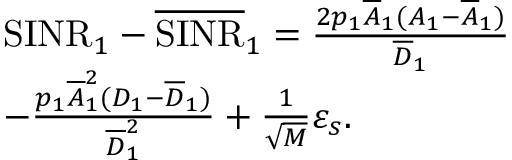
\begin{array} { r l } & { \mathrm { S I N R } _ { 1 } - \overline { { \mathrm { S I N R } } } _ { 1 } = \frac { 2 p _ { 1 } \overline { { A } } _ { 1 } ( A _ { 1 } - \overline { { A } } _ { 1 } ) } { \overline { { D } } _ { 1 } } } \\ & { - \frac { p _ { 1 } \overline { { A } } _ { 1 } ^ { 2 } ( D _ { 1 } - \overline { { D } } _ { 1 } ) } { \overline { { D } } _ { 1 } ^ { 2 } } + \frac { 1 } { \sqrt { M } } \varepsilon _ { s } . } \end{array}